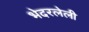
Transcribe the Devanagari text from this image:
भेदरलेली